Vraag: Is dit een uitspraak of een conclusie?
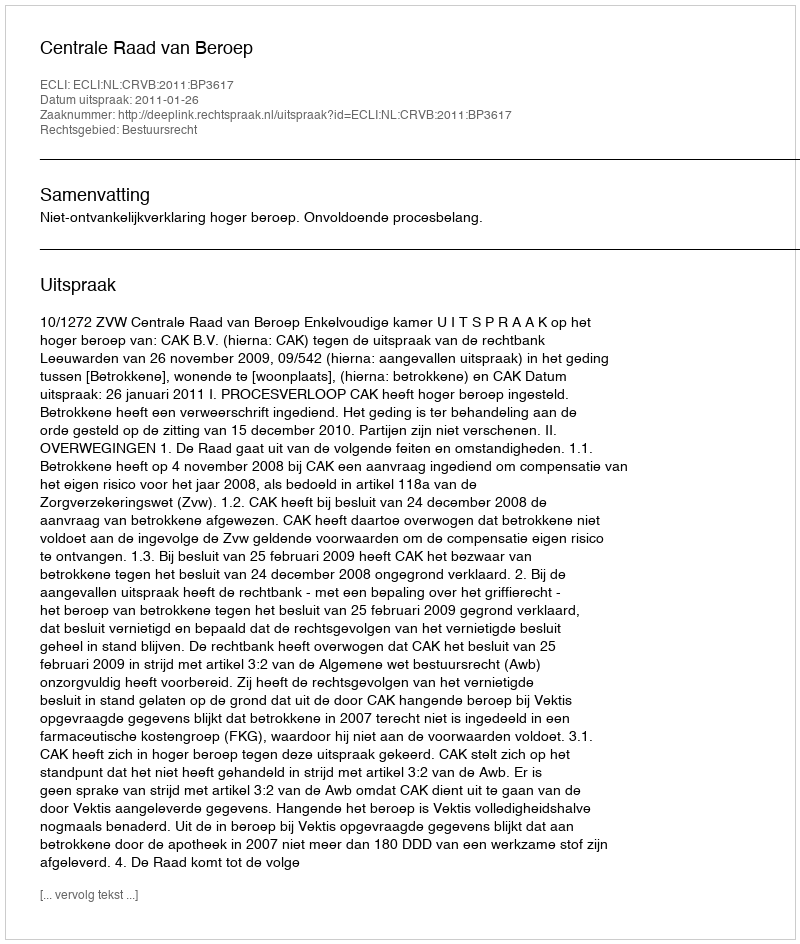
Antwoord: Uitspraak